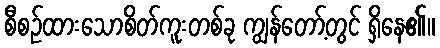
စီစဉ်ထားသောစိတ်ကူးတစ်ခု ကျွန်တော့်တွင် ရှိနေ၏။